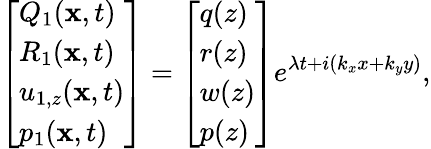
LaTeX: \left[\begin{array}{l}{Q_{1}(\mathbf{x},t)}\\ {R_{1}(\mathbf{x},t)}\\ {u_{1,z}(\mathbf{x},t)}\\ {p_{1}(\mathbf{x},t)}\end{array}\right]=\left[\begin{array}{l}{q(z)}\\ {r(z)}\\ {w(z)}\\ {p(z)}\end{array}\right]e^{\lambda t+i(k_{x}x+k_{y}y)},